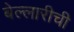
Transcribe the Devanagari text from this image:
बेल्लारीची